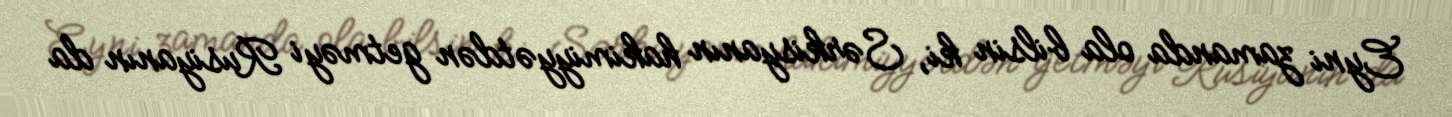
Eyni zamanda ola bilsin ki, Sərkisyanın hakimiyyətdən getməyi Rusiyanın da